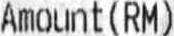
AMOUNT(RM)